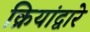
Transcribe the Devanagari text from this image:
क्रियांद्वारे